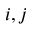
i , j